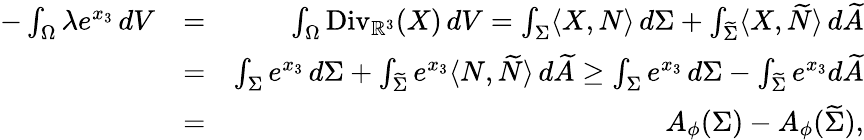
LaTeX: \begin{array}{rlr}{-\int_{\Omega}\lambda e^{x_{3}}\, dV}&{=}&{\int_{\Omega}\mathrm{Div}_{\mathbb{R}^{3}}(X)\, dV=\int_{\Sigma}\langle X,N\rangle\, d\Sigma+\int_{\widetilde{\Sigma}}\langle X,\widetilde{N}\rangle\, d\widetilde{A}}\\ &{=}&{\int_{\Sigma}e^{x_{3}}\, d\Sigma+\int_{\widetilde{\Sigma}}e^{x_{3}}\langle N,\widetilde{N}\rangle\, d\widetilde{A}\geq\int_{\Sigma}e^{x_{3}}\, d\Sigma-\int_{\widetilde{\Sigma}}e^{x_{3}}d\widetilde{A}}\\ &{=}&{A_{\phi}(\Sigma)-A_{\phi}(\widetilde{\Sigma}),}\end{array}